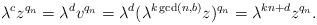
LaTeX: \begin{align*}\lambda^c z^{q_n} = \lambda^d v^{q_n} =\lambda^d (\lambda^{k\gcd(n,b)} z)^{q_n} = \lambda^{kn + d} z^{q_n}.\end{align*}